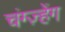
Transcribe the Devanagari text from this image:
चंग्ज़्हेंग